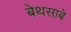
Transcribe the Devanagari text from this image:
बेथसाबे